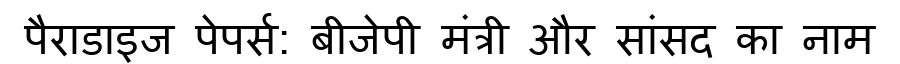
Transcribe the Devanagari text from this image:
पैराडाइज पेपर्स: बीजेपी मंत्री और सांसद का नाम